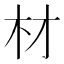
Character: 材